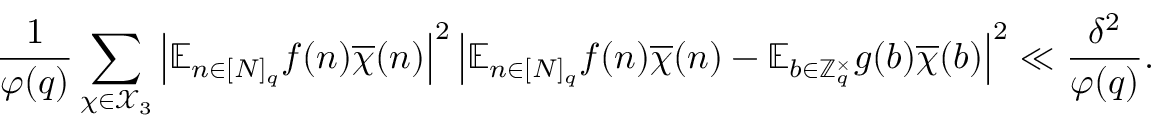
\frac { 1 } { \varphi ( q ) } \sum _ { \chi \in \mathcal { X } _ { 3 } } \left| \mathbb { E } _ { n \in [ N ] _ { q } } f ( n ) \overline { { \chi } } ( n ) \right| ^ { 2 } \left| \mathbb { E } _ { n \in [ N ] _ { q } } f ( n ) \overline { { \chi } } ( n ) - \mathbb { E } _ { b \in \mathbb { Z } _ { q } ^ { \times } } g ( b ) \overline { { \chi } } ( b ) \right| ^ { 2 } \ll \frac { \delta ^ { 2 } } { \varphi ( q ) } .